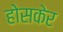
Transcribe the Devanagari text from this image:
होसकेर